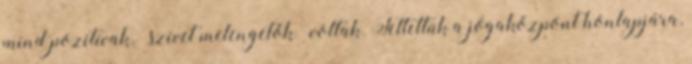
mind pozitívak, „szívet melengetők” voltak. Feltettük a jógaközpont honlapjára,